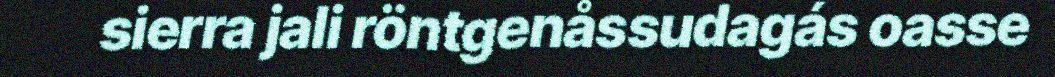
sierra jali röntgenåssudagás oasse